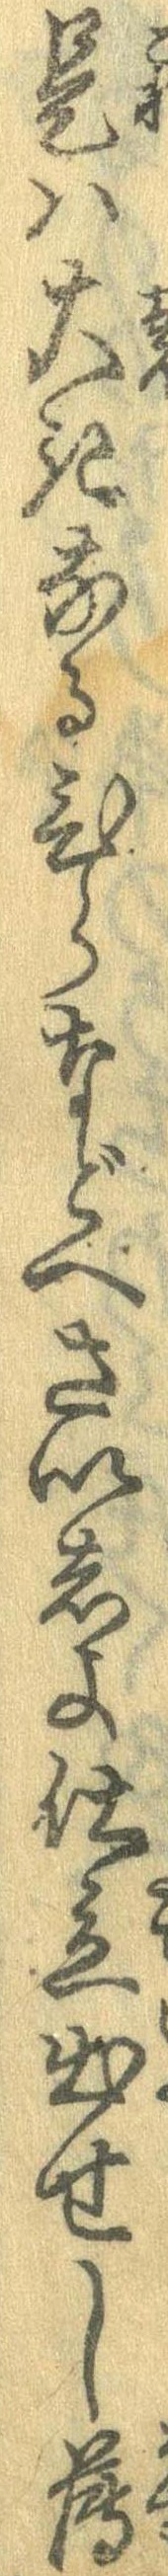
是は大きなるひらなどへさいしょ仕立出せし薄